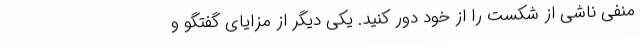
منفی ناشی از شکست را از خود دور کنید. یکی دیگر از مزایای گفتگو و